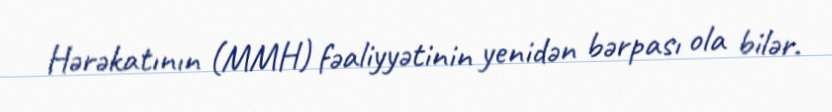
Hərəkatının (MMH) fəaliyyətinin yenidən bərpası ola bilər.